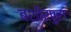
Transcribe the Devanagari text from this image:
बशीरपुरा